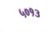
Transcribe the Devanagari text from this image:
५०१३